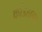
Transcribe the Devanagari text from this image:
कांडताना